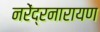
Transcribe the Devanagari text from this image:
नरेंद्रनारायण